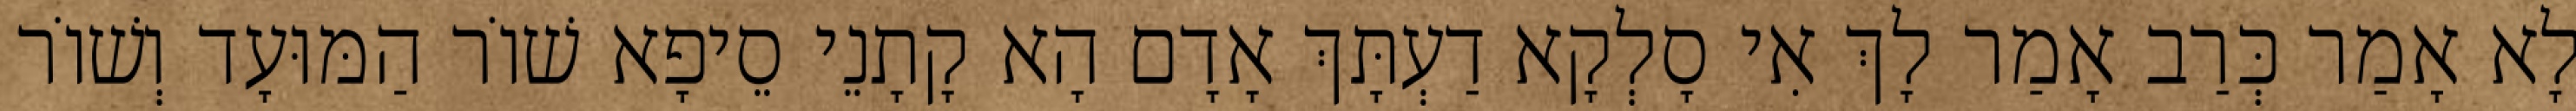
לָא אָמַר כְּרַב אָמַר לָךְ אִי סָלְקָא דַעְתָּךְ אָדָם הָא קָתָנֵי סֵיפָא שׁוֹר הַמּוּעָד וְשׁוֹר